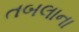
તબલાના